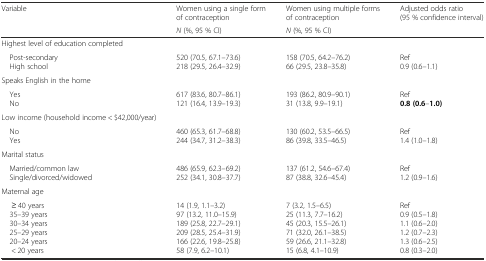
<table><thead><tr><td rowspan="2"><b>Variable</b></td><td><b>Women using a single form of contraception</b></td><td><b>Women using multiple forms of contraception</b></td><td rowspan="2"><b>Adjusted odds ratio (95 % confidence interval)</b></td></tr><tr><td><b><i>N</i> (%, 95 % CI)</b></td><td><b><i>N</i> (%, 95 % CI)</b></td></tr></thead><tbody><tr><td>Highest level of education completed</td><td>[EMPTY_CELL]</td><td>[EMPTY_CELL]</td><td>[EMPTY_CELL]</td></tr><tr><td> Post-secondary High school</td><td>520 (70.5, 67.1–73.6)218 (29.5, 26.4–32.9)</td><td>158 (70.5, 64.2–76.2)66 (29.5, 23.8–35.8)</td><td>Ref0.9 (0.6–1.1)</td></tr><tr><td>Speaks English in the home</td><td>[EMPTY_CELL]</td><td>[EMPTY_CELL]</td><td>[EMPTY_CELL]</td></tr><tr><td> Yes No</td><td>617 (83.6, 80.7–86.1)121 (16.4, 13.9–19.3)</td><td>193 (86.2, 80.9–90.1)31 (13.8, 9.9–19.1)</td><td>Ref<b>0.8 (0.6</b>–<b>1.0)</b></td></tr><tr><td>Low income (household income &lt; $42,000/year)</td><td>[EMPTY_CELL]</td><td>[EMPTY_CELL]</td><td>[EMPTY_CELL]</td></tr><tr><td> No Yes</td><td>460 (65.3, 61.7–68.8)244 (34.7, 31.2–38.3)</td><td>130 (60.2, 53.5–66.5)86 (39.8, 33.5–46.5)</td><td>Ref1.4 (1.0–1.8)</td></tr><tr><td>Marital status</td><td>[EMPTY_CELL]</td><td>[EMPTY_CELL]</td><td>[EMPTY_CELL]</td></tr><tr><td> Married/common law Single/divorced/widowed</td><td>486 (65.9, 62.3–69.2)252 (34.1, 30.8–37.7)</td><td>137 (61.2, 54.6–67.4)87 (38.8, 32.6–45.4)</td><td>Ref1.2 (0.9–1.6)</td></tr><tr><td>Maternal age</td><td>[EMPTY_CELL]</td><td>[EMPTY_CELL]</td><td>[EMPTY_CELL]</td></tr><tr><td>≥ 40 years 35–39 years 30–34 years 25–29 years 20–24 years&lt; 20 years</td><td>14 (1.9, 1.1–3.2)97 (13.2, 11.0–15.9)189 (25.8, 22.7–29.1)209 (28.5, 25.4–31.9)166 (22.6, 19.8–25.8)58 (7.9, 6.2–10.1)</td><td>7 (3.2, 1.5–6.5)25 (11.3, 7.7–16.2)45 (20.3, 15.5–26.1)71 (32.0, 26.1–38.5)59 (26.6, 21.1–32.8)15 (6.8, 4.1–10.9)</td><td>Ref0.9 (0.5–1.8)1.1 (0.6–2.0)1.2 (0.7–2.3)1.3 (0.6–2.5)0.8 (0.3–2.0)</td></tr></tbody></table>